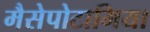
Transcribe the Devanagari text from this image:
मैसेपोटामिया